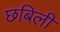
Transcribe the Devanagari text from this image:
छबिली